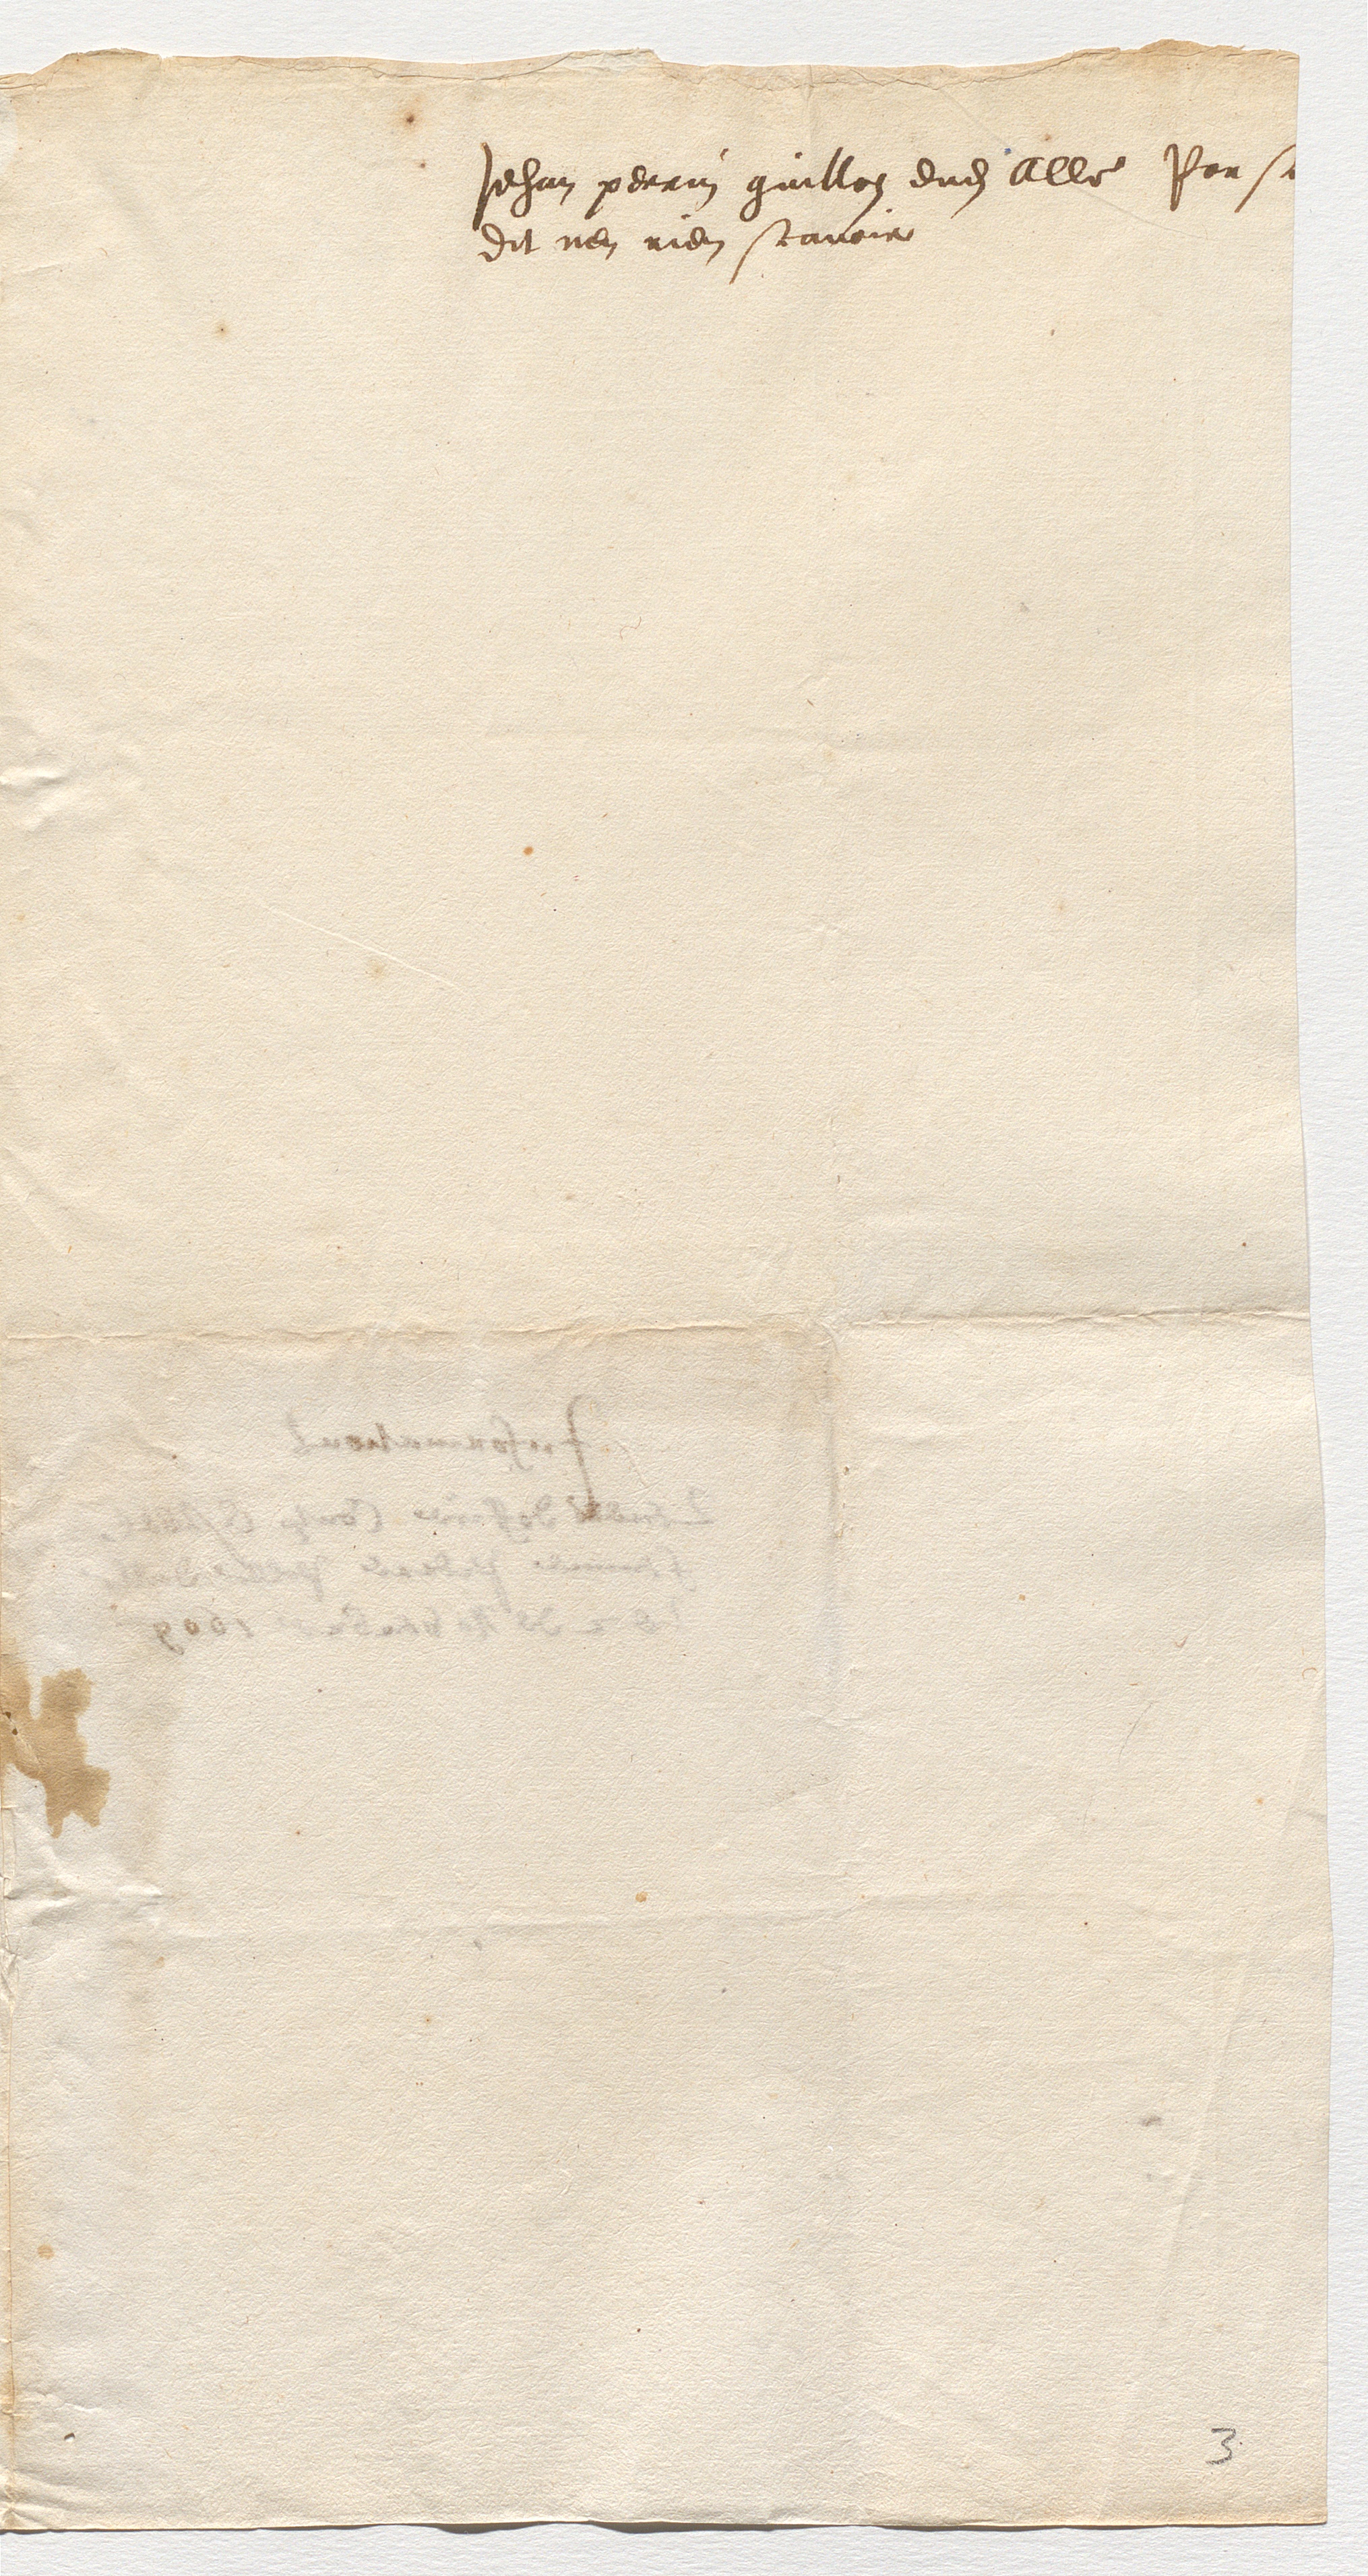
Jehan perrin guillon dudit alle ParseDit nen rien scavoir

3